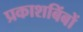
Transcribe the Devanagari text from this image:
प्रकाशबिंबों